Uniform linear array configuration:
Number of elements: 8
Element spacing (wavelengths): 0.75
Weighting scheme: binomial
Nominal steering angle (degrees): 45
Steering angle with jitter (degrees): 45.001
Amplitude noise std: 0.05
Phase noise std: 0.05

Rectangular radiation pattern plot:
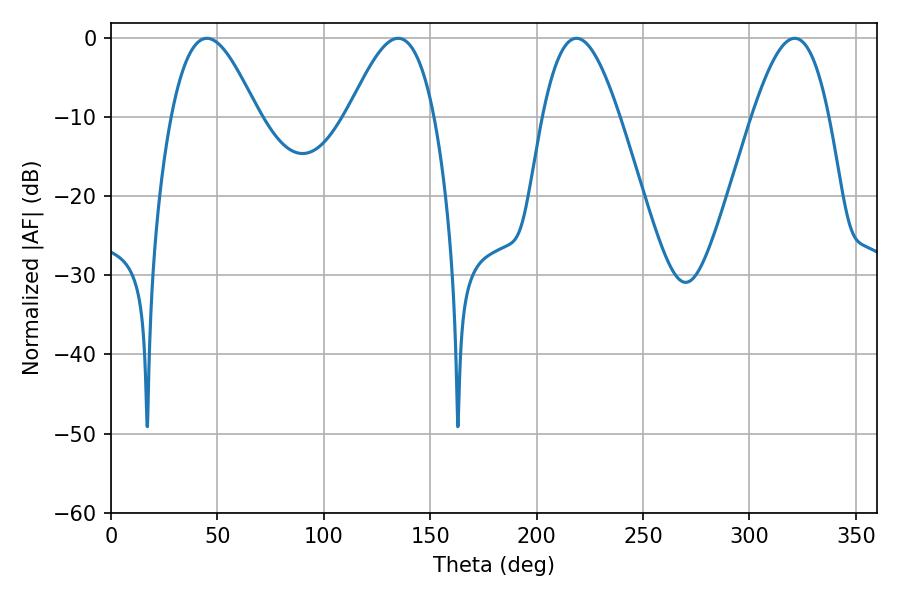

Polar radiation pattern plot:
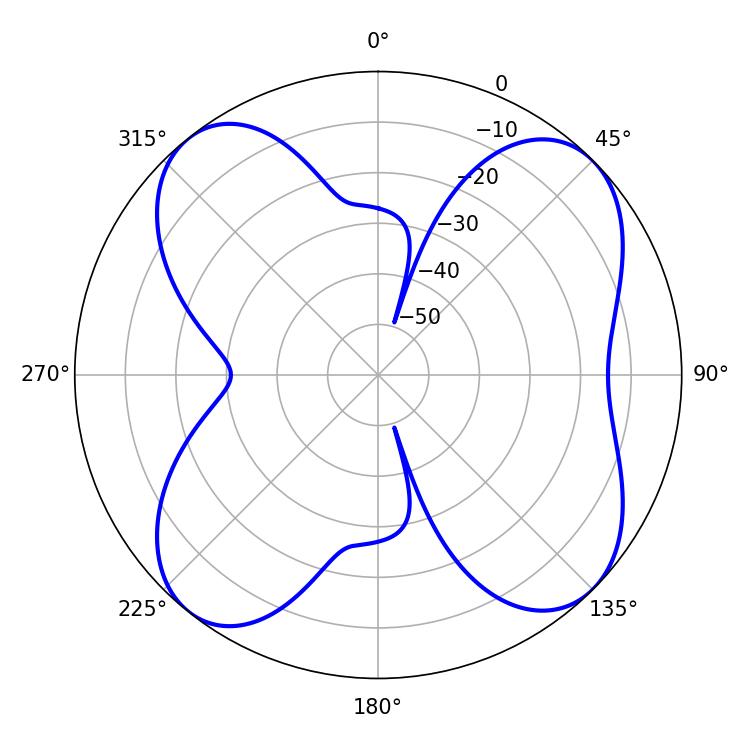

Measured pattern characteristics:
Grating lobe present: TRUE
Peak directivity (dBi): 11.116
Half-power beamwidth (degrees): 19.62
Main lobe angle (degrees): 218.7